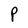
Character: P